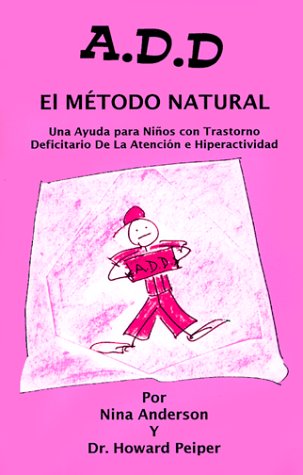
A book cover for A.D.D. El Metodo Natural (Spanish Edition); Nina Anderson; Health, Fitness & Dieting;